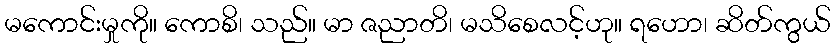
မကောင်းမှုကို။ ကောစိ၊ သည်။ မာ ဇညာတိ၊ မသိစေလင့်ဟု။ ရဟော၊ ဆိတ်ကွယ်